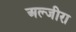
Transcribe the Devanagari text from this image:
अल्जीरा